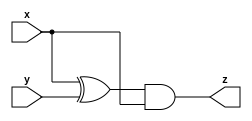
module top_module (
    input wire x,
    input wire y,
    output wire z
);
    // Define intermediate signal
    wire intermediate;

    // Compute intermediate result: x XOR y
    assign intermediate = x ^ y;

    // Compute final output: intermediate AND x
    assign z = intermediate & x;
endmodule